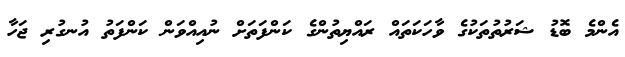
އެންމެ ބޮޑު ޝަރުތުތަކުގެ ވާހަކަތައް ރައްޔިތުންގެ ކަންފަތަށް ނުއިއްވަން ކަންފަތު އުނގުރި ޖަހާ